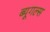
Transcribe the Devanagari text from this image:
ब्यूगल्स